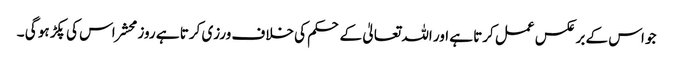
جو اس کے بر عکس عمل کرتا ہے اور اللہ تعالیٰ کے حکم کی خلاف ورزی کرتا ہے روز محشر اس کی پکڑ ہو گی ۔